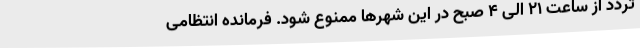
تردد از ساعت 21 الی 4 صبح در این شهرها ممنوع شود. فرمانده انتظامی